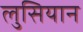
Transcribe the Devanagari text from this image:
लुसियान